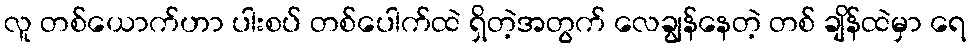
လူ တစ်ယောက်ဟာ ပါးစပ် တစ်ပေါက်ထဲ ရှိတဲ့အတွက် လေချွန်နေတဲ့ တစ် ချိန်ထဲမှာ ရေ